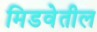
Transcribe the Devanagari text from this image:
मिडवेतील